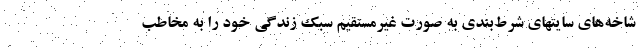
شاخه‌های سایتهای شرط‌بندی به صورت غیرمستقیم سبک زندگی خود را به مخاطب